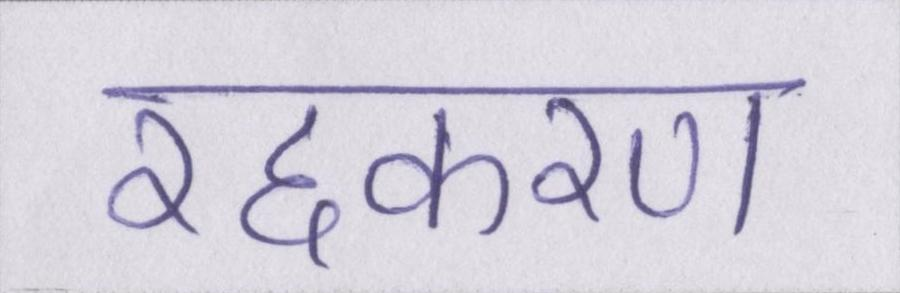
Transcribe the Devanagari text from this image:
रद्दकरण